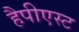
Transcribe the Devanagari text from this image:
हैपीएस्ट